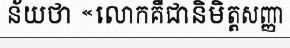
ន័យថា «លោកគឺជានិមិត្តសញ្ញា